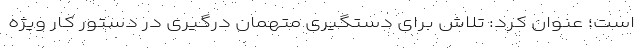
است؛ عنوان کرد: تلاش برای دستگیری متهمان درگیری در دستور کار ویژه